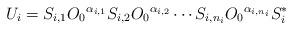
LaTeX: \begin{align*} U_i =S_{i,1} {O_0}^{\alpha_{i,1}} S_{i,2} {O_0}^{\alpha_{i,2} } \cdots S_{i,n_i} {O_0}^{\alpha_{i,n_i}} S_i^{*} \end{align*}